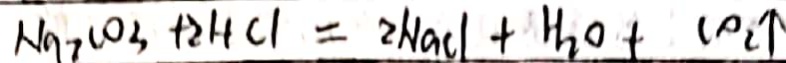
N a _ { 2 } C O _ { 3 } + 2 H C l = 2 N a C l + H _ { 2 } O + C O _ { 2 } \uparrow